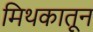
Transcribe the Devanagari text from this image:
मिथकातून